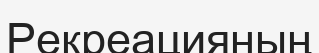
Рекреацияның